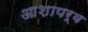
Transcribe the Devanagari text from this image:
आशापर्व